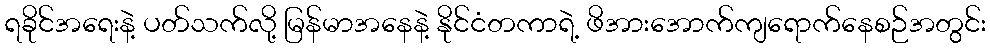
ရခိုင်အရေးနဲ့ ပတ်သက်လို့ မြန်မာအနေနဲ့ နိုင်ငံတကာရဲ့ ဖိအားအောက်ကျရောက်နေစဉ်အတွင်း